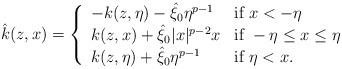
LaTeX: \begin{align*}\hat{k}(z,x)=\left\{\begin{array}{ll}-k(z,\eta)-\hat{\xi}_0\eta^{p-1} & \mbox{if}\ x<-\eta \\k(z,x)+\hat{\xi}_0|x|^{p-2}x & \mbox{if}\ -\eta\leq x \leq\eta \\k(z,\eta)+\hat{\xi}_0\eta^{p-1} & \mbox{if}\ \eta< x.\end{array}\right.\end{align*}